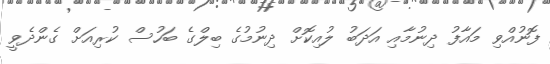
ފޮނުއްވި މައާފު ދިނުމާއި އަދަބު ލުއިކޮށް ދިނުމުގެ ބިލްގެ ބަހުސް ކުރިއަށް ގެންދެވީ